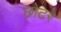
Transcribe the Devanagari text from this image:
छोटरे